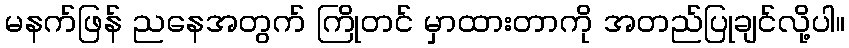
မနက်ဖြန် ညနေအတွက် ကြိုတင် မှာထားတာကို အတည်ပြုချင်လို့ပါ။